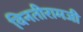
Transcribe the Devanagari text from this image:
विनतीरामजी